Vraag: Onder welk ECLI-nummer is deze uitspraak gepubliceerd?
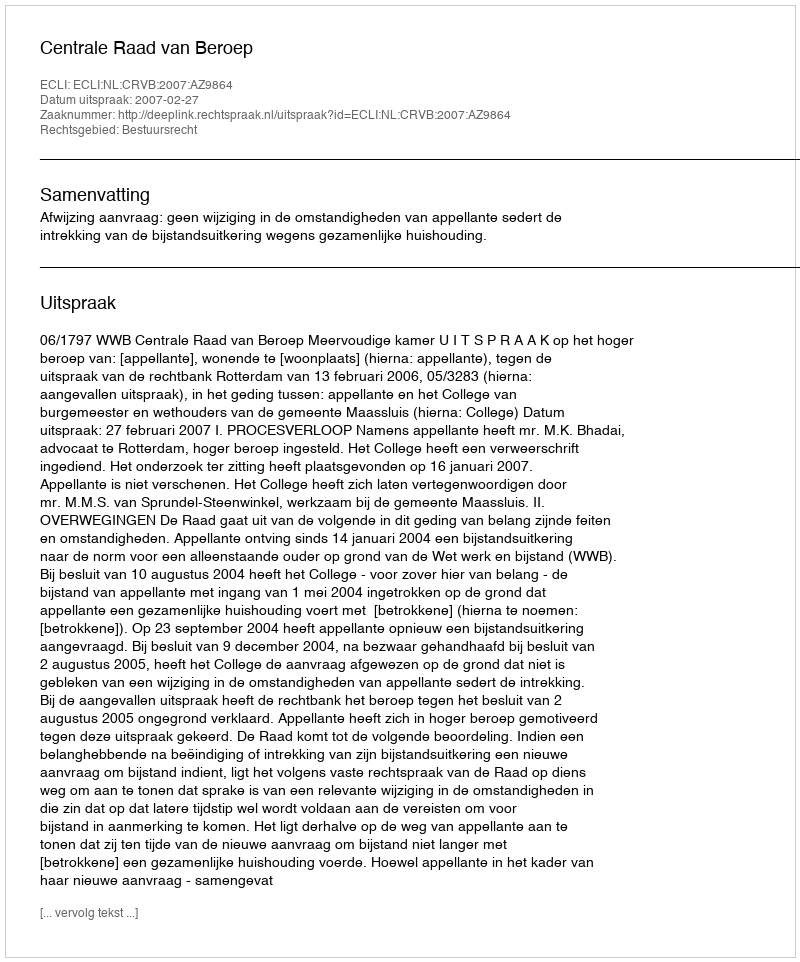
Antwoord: ECLI:NL:CRVB:2007:AZ9864